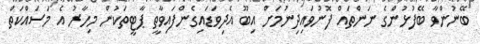
ބޭނުންވާ ބޭފުޅުންގެ ނަންތައް ފޮނުވައިދިނުމަށް އިބޫ އެދިވަޑައިގެންފައިވާތީ ޕާޓީތަކުން މިހާރު އެ މަސައްކަތް